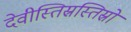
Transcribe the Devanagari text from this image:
देवीस्तिस्रस्तिस्रो